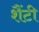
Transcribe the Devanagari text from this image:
शैंटी